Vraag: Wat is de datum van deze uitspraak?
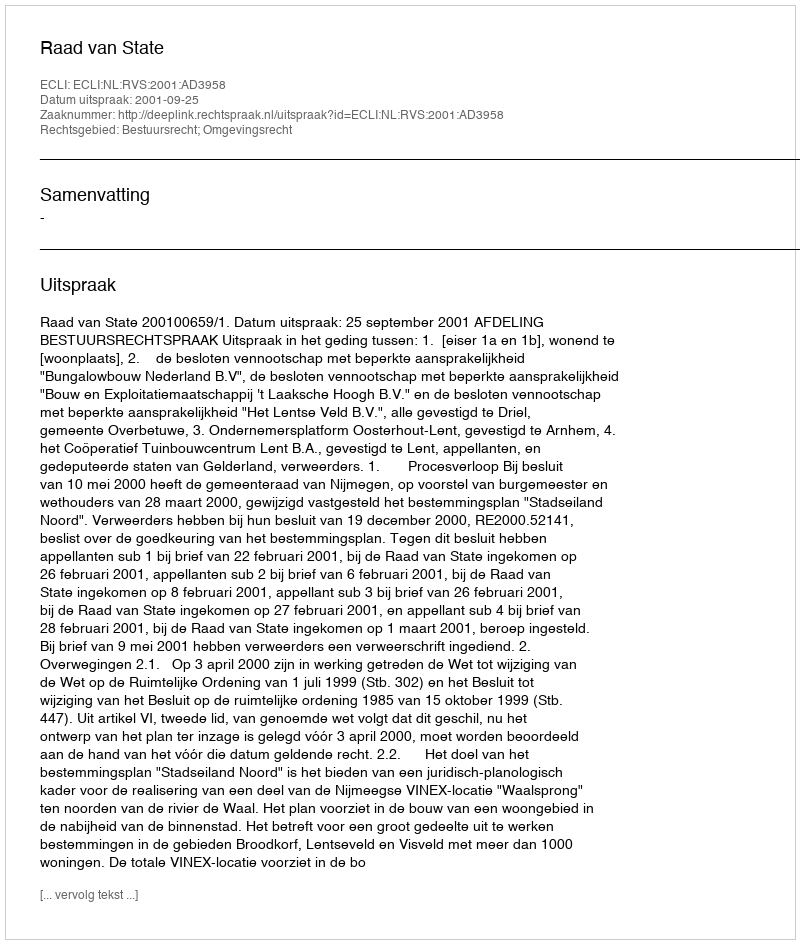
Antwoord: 2001-09-25